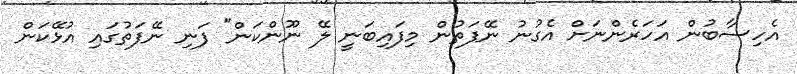
އެހިސާބުން އަހަރެންނަށް އެގުނު ނޭފަތުން މިފައިބަނީ ލޭ ނޫންކަން" ފަނި ނޭފަތުގައި އުޅޭކަން